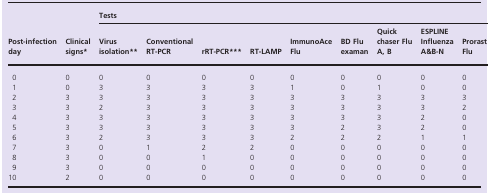
<table><thead><tr><td rowspan="2"><b>Post‐infection day</b></td><td rowspan="2"><b>Clinical signs*</b></td><td colspan="9"><b>Tests</b></td></tr><tr><td><b>Virus isolation**</b></td><td><b>Conventional RT‐PCR</b></td><td><b>rRT‐PCR***</b></td><td><b>RT‐LAMP</b></td><td><b>ImmunoAce Flu</b></td><td><b>BD Flu examan</b></td><td><b>Quick chaser Flu A, B</b></td><td><b>ESPLINE Influenza A&amp;B‐N</b></td><td><b>Prorast Flu</b></td></tr></thead><tbody><tr><td>0</td><td>0</td><td>0</td><td>0</td><td>0</td><td>0</td><td>0</td><td>0</td><td>0</td><td>0</td><td>0</td></tr><tr><td>1</td><td>0</td><td>3</td><td>3</td><td>3</td><td>3</td><td>1</td><td>0</td><td>1</td><td>0</td><td>0</td></tr><tr><td>2</td><td>3</td><td>3</td><td>3</td><td>3</td><td>3</td><td>3</td><td>3</td><td>3</td><td>3</td><td>3</td></tr><tr><td>3</td><td>3</td><td>2</td><td>3</td><td>3</td><td>3</td><td>3</td><td>3</td><td>3</td><td>3</td><td>2</td></tr><tr><td>4</td><td>3</td><td>3</td><td>3</td><td>3</td><td>3</td><td>3</td><td>3</td><td>3</td><td>2</td><td>0</td></tr><tr><td>5</td><td>3</td><td>3</td><td>3</td><td>3</td><td>3</td><td>3</td><td>2</td><td>3</td><td>2</td><td>0</td></tr><tr><td>6</td><td>3</td><td>2</td><td>3</td><td>3</td><td>3</td><td>2</td><td>2</td><td>2</td><td>1</td><td>1</td></tr><tr><td>7</td><td>3</td><td>0</td><td>1</td><td>2</td><td>2</td><td>0</td><td>0</td><td>0</td><td>0</td><td>0</td></tr><tr><td>8</td><td>3</td><td>0</td><td>0</td><td>1</td><td>0</td><td>0</td><td>0</td><td>0</td><td>0</td><td>0</td></tr><tr><td>9</td><td>3</td><td>0</td><td>0</td><td>0</td><td>0</td><td>0</td><td>0</td><td>0</td><td>0</td><td>0</td></tr><tr><td>10</td><td>2</td><td>0</td><td>0</td><td>0</td><td>0</td><td>0</td><td>0</td><td>0</td><td>0</td><td>0</td></tr></tbody></table>